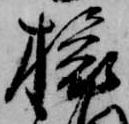
旅